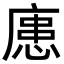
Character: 𪪟